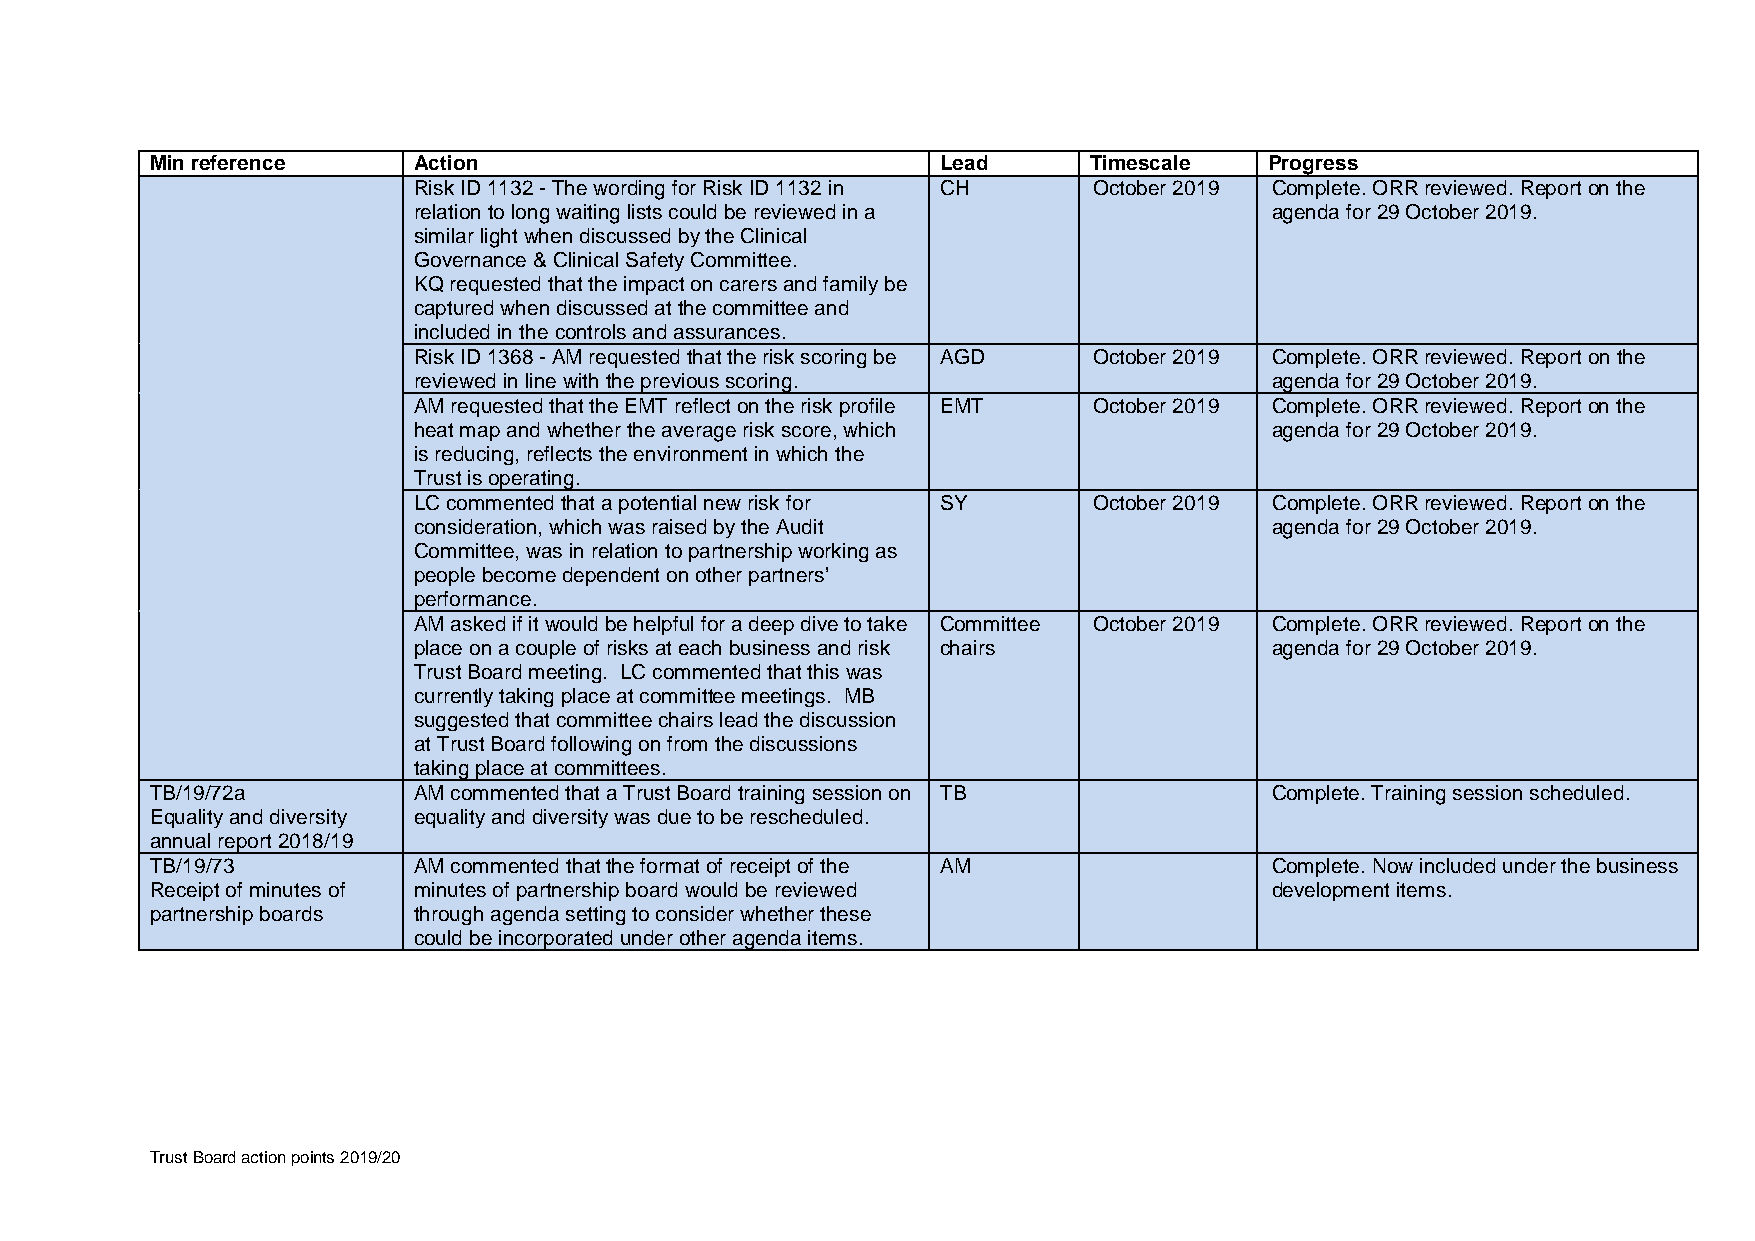
Min reference    Action                             Lead      Timescale   Progress
 Risk ID 1132 - The wording for Risk ID 1132 in CH October 2019 Complete. ORR reviewed. Report on the
 relation to long waiting lists could be reviewed in a    agenda for 29 October 2019.
 similar light when discussed by the Clinical
 Governance & Clinical Safety Committee.
 KQ requested that the impact on carers and family be
 captured when discussed at the committee and
 included in the controls and assurances.
 Risk ID 1368 - AM requested that the risk scoring be AGD October 2019 Complete. ORR reviewed. Report on the
 reviewed in line with the previous scoring.              agenda for 29 October 2019.
 AM requested that the EMT reflect on the risk profile EMT October 2019 Complete. ORR reviewed. Report on the
 heat map and whether the average risk score, which       agenda for 29 October 2019.
 is reducing, reflects the environment in which the
 Trust is operating.
 LC commented that a potential new risk for SY October 2019 Complete. ORR reviewed. Report on the
 consideration, which was raised by the Audit             agenda for 29 October 2019.
 Committee, was in relation to partnership working as
 people become dependent on other partners’
 performance.
 AM asked if it would be helpful for a deep dive to take Committee October 2019 Complete. ORR reviewed. Report on the
 place on a couple of risks at each business and risk chairs agenda for 29 October 2019.
 Trust Board meeting. LC commented that this was
 currently taking place at committee meetings. MB
 suggested that committee chairs lead the discussion
 at Trust Board following on from the discussions
 taking place at committees.
 TB/19/72a        AM commented that a Trust Board training session on TB   Complete. Training session scheduled.
 Equality and diversity equality and diversity was due to be rescheduled.
 annual report 2018/19
 TB/19/73         AM commented that the format of receipt of the AM        Complete. Now included under the business
 Receipt of minutes of minutes of partnership board would be reviewed      development items.
 partnership boards through agenda setting to consider whether these
 could be incorporated under other agenda items.
 Trust Board action points 2019/20